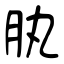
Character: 肒